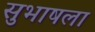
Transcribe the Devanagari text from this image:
सुभाषला